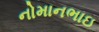
નોમાનભાઇ